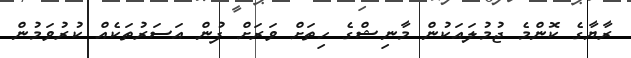
ރާޔާގެ ކޮންމެ ޖުމުލައަކުން މާނިޝްގެ ހިތަށް ވަރަށް ފުން އަސަރުތަކެއް ކުރުވަމުން